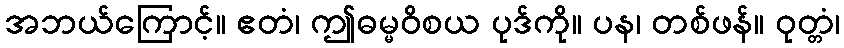
အဘယ်ကြောင့်။ ဧတံ၊ ဤဓမ္မဝိစယ ပုဒ်ကို။ ပန၊ တစ်ဖန်။ ဝုတ္တံ၊